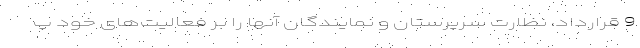
9 قرارداد، نظارت سرپرستان و نمایندگان آنها را بر فعالیت‌های خود پ